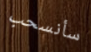
سأنسحب